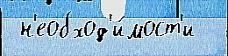
 н'еобход'и́мост'и